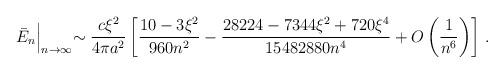
LaTeX: \begin{align*}\bar E_n\Bigl |_{n\to \infty}\sim \frac{c \xi^2}{4\pi a^2}\left[\frac{10-3 \xi ^2}{960n^2}-\frac{28224-7344\xi^2+720\xi^4}{15482880n^4}+O\left(\frac{1}{n^6}\right)\right] \,{.}\end{align*}